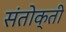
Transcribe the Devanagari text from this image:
संतोक्ती